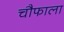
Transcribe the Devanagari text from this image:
चौफाला